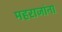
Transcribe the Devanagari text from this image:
महराजांना